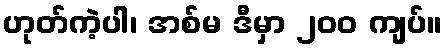
ဟုတ်ကဲ့ပါ၊ အစ်မ ဒီမှာ ၂၀၀ ကျပ်။